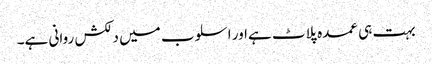
بہت ہی عمدہ پلاٹ ہےاور اسلوب میں دلکش روانی ہے۔